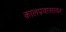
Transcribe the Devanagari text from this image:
कालप्रवासावर